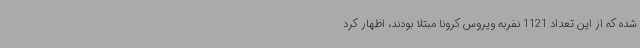
شده که از این تعداد 1121 نفربه ویروس کرونا مبتلا بودند، اظهار کرد